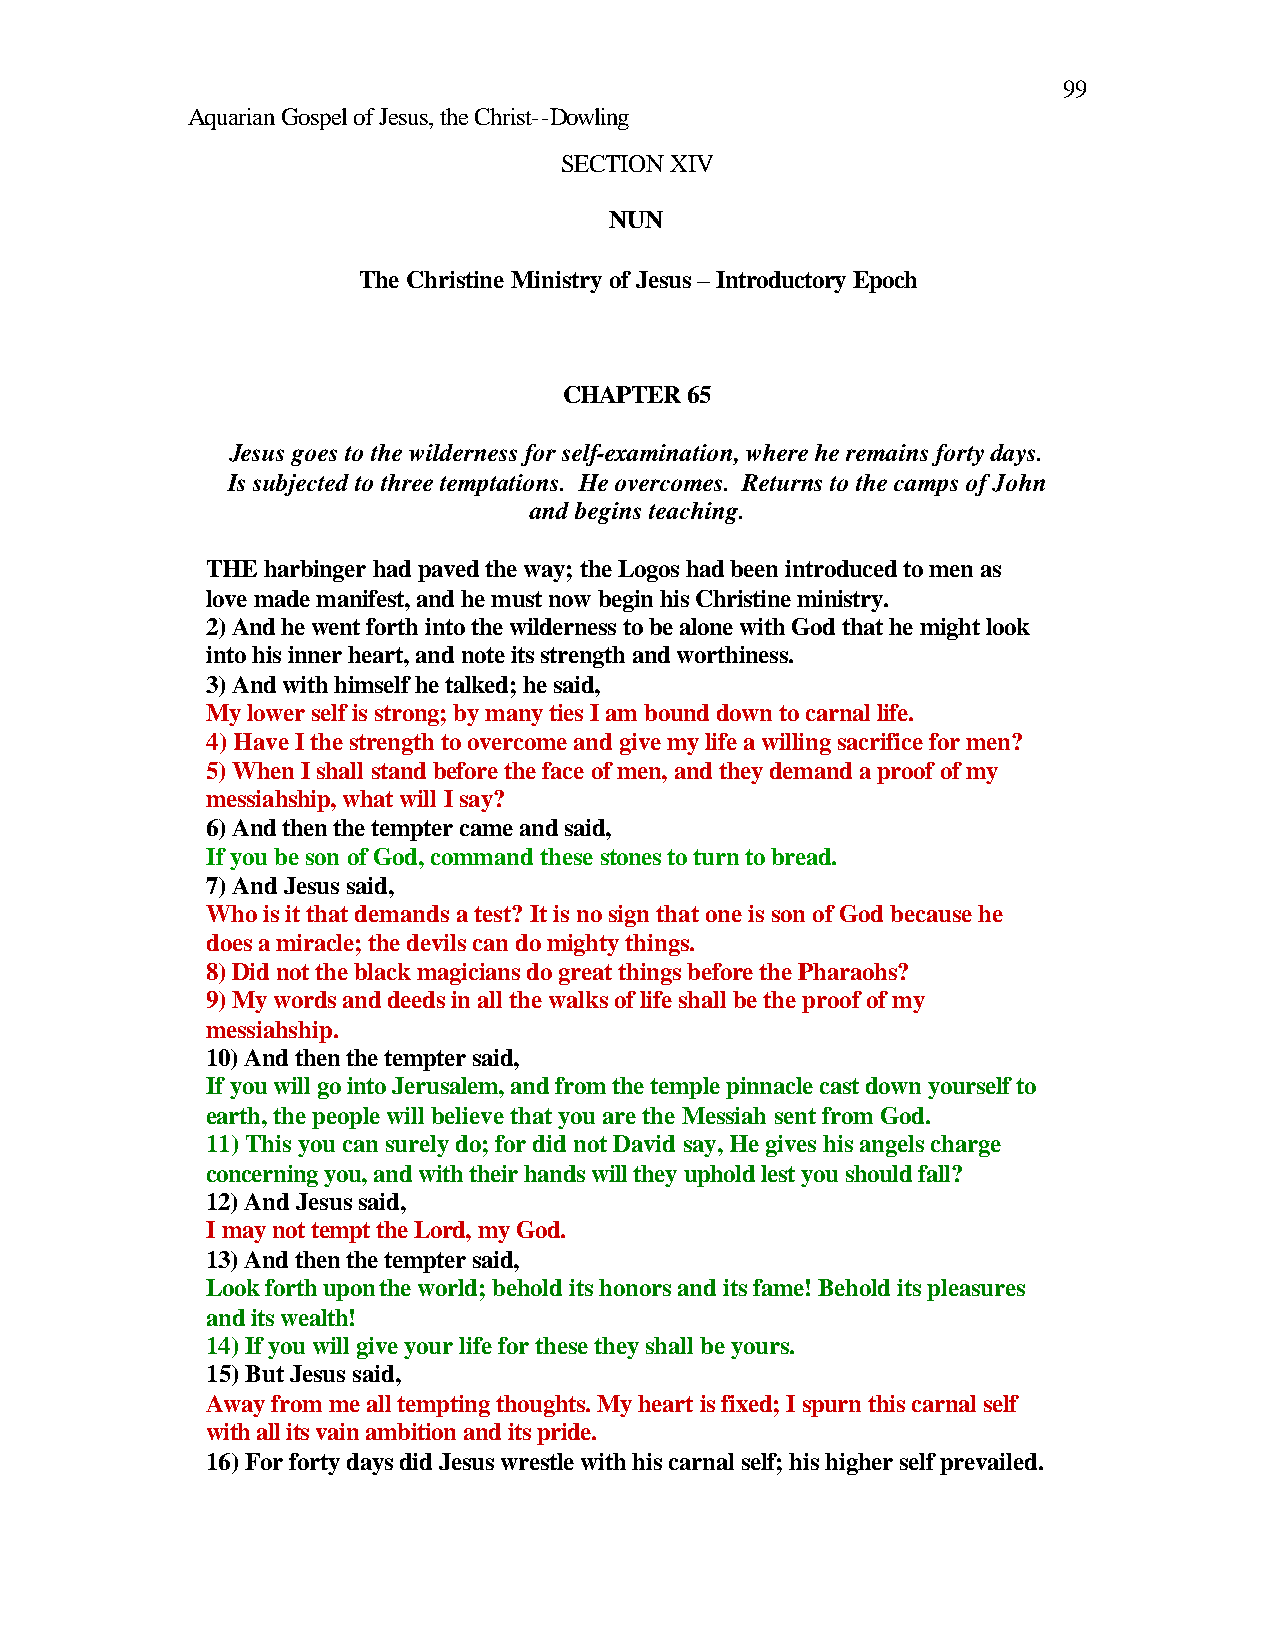
99
 Aquarian Gospel of Jesus, the Christ--Dowling
 SECTION XIV
 NUN
 The Christine Ministry of Jesus – Introductory Epoch
 CHAPTER 65
 Jesus goes to the wilderness for self-examination, where he remains forty days.
 Is subjected to three temptations. He overcomes. Returns to the camps of John
 and begins teaching.
 THE harbinger had paved the way; the Logos had been introduced to men as
 love made manifest, and he must now begin his Christine ministry.
 2) And he went forth into the wilderness to be alone with God that he might look
 into his inner heart, and note its strength and worthiness.
 3) And with himself he talked; he said,
 My lower self is strong; by many ties I am bound down to carnal life.
 4) Have I the strength to overcome and give my life a willing sacrifice for men?
 5) When I shall stand before the face of men, and they demand a proof of my
 messiahship, what will I say?
 6) And then the tempter came and said,
 If you be son of God, command these stones to turn to bread.
 7) And Jesus said,
 Who is it that demands a test? It is no sign that one is son of God because he
 does a miracle; the devils can do mighty things.
 8) Did not the black magicians do great things before the Pharaohs?
 9) My words and deeds in all the walks of life shall be the proof of my
 messiahship.
 10) And then the tempter said,
 If you will go into Jerusalem, and from the temple pinnacle cast down yourself to
 earth, the people will believe that you are the Messiah sent from God.
 11) This you can surely do; for did not David say, He gives his angels charge
 concerning you, and with their hands will they uphold lest you should fall?
 12) And Jesus said,
 I may not tempt the Lord, my God.
 13) And then the tempter said,
 Look forth upon the world; behold its honors and its fame! Behold its pleasures
 and its wealth!
 14) If you will give your life for these they shall be yours.
 15) But Jesus said,
 Away from me all tempting thoughts. My heart is fixed; I spurn this carnal self
 with all its vain ambition and its pride.
 16) For forty days did Jesus wrestle with his carnal self; his higher self prevailed.